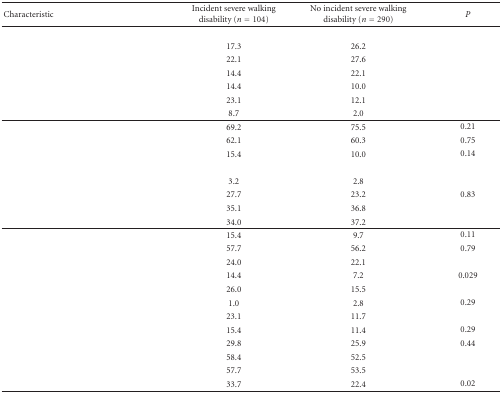
<table><thead><tr><td><b>Characteristic</b></td><td><b>Incident severe walking disability (<i>n</i> = 104)</b></td><td><b>No incident severe walking disability (<i>n</i> = 290)</b></td><td><b><i>P</i></b></td></tr></thead><tbody><tr><td>[EMPTY_CELL]</td><td>[EMPTY_CELL]</td><td>[EMPTY_CELL]</td><td>[EMPTY_CELL]</td></tr><tr><td>[EMPTY_CELL]</td><td>17.3</td><td>26.2</td><td>[EMPTY_CELL]</td></tr><tr><td>[EMPTY_CELL]</td><td>22.1</td><td>27.6</td><td>[EMPTY_CELL]</td></tr><tr><td>[EMPTY_CELL]</td><td>14.4</td><td>22.1</td><td>[EMPTY_CELL]</td></tr><tr><td>[EMPTY_CELL]</td><td>14.4</td><td>10.0</td><td>[EMPTY_CELL]</td></tr><tr><td>[EMPTY_CELL]</td><td>23.1</td><td>12.1</td><td>[EMPTY_CELL]</td></tr><tr><td>[EMPTY_CELL]</td><td>8.7</td><td>2.0</td><td>[EMPTY_CELL]</td></tr><tr><td>[EMPTY_CELL]</td><td>69.2</td><td>75.5</td><td>0.21</td></tr><tr><td>[EMPTY_CELL]</td><td>62.1</td><td>60.3</td><td>0.75</td></tr><tr><td>[EMPTY_CELL]</td><td>15.4</td><td>10.0</td><td>0.14</td></tr><tr><td>[EMPTY_CELL]</td><td>[EMPTY_CELL]</td><td>[EMPTY_CELL]</td><td>[EMPTY_CELL]</td></tr><tr><td>[EMPTY_CELL]</td><td>3.2</td><td>2.8</td><td>[EMPTY_CELL]</td></tr><tr><td>[EMPTY_CELL]</td><td>27.7</td><td>23.2</td><td>0.83</td></tr><tr><td>[EMPTY_CELL]</td><td>35.1</td><td>36.8</td><td>[EMPTY_CELL]</td></tr><tr><td>[EMPTY_CELL]</td><td>34.0</td><td>37.2</td><td>[EMPTY_CELL]</td></tr><tr><td>[EMPTY_CELL]</td><td>15.4</td><td>9.7</td><td>0.11</td></tr><tr><td>[EMPTY_CELL]</td><td>57.7</td><td>56.2</td><td>0.79</td></tr><tr><td>[EMPTY_CELL]</td><td>24.0</td><td>22.1</td><td>[EMPTY_CELL]</td></tr><tr><td>[EMPTY_CELL]</td><td>14.4</td><td>7.2</td><td>0.029</td></tr><tr><td>[EMPTY_CELL]</td><td>26.0</td><td>15.5</td><td>[EMPTY_CELL]</td></tr><tr><td>[EMPTY_CELL]</td><td>1.0</td><td>2.8</td><td>0.29</td></tr><tr><td>[EMPTY_CELL]</td><td>23.1</td><td>11.7</td><td>[EMPTY_CELL]</td></tr><tr><td>[EMPTY_CELL]</td><td>15.4</td><td>11.4</td><td>0.29</td></tr><tr><td>[EMPTY_CELL]</td><td>29.8</td><td>25.9</td><td>0.44</td></tr><tr><td>[EMPTY_CELL]</td><td>58.4</td><td>52.5</td><td>[EMPTY_CELL]</td></tr><tr><td>[EMPTY_CELL]</td><td>57.7</td><td>53.5</td><td>[EMPTY_CELL]</td></tr><tr><td>[EMPTY_CELL]</td><td>33.7</td><td>22.4</td><td>0.02</td></tr></tbody></table>